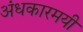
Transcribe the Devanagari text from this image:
अंधकारमयी